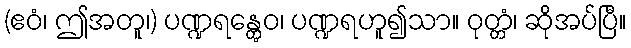
(ဧဝံ၊ ဤအတူ၊) ပဏ္ဍရန္တွေဝ၊ ပဏ္ဍရဟူ၍သာ။ ဝုတ္တံ၊ ဆိုအပ်ပြီ။